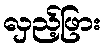
လှည့်ဖြား